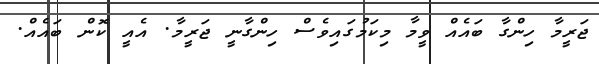
ޖަރީމާ ހިންގާ ބައެއް ވީމާ މިކަމުގައިވެސް ހިންގާނީ ޖަރީމާ. އެއީ ކޮން ބައެއް.